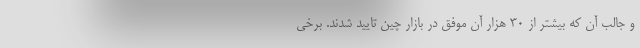
و جالب آن که بیشتر از 30 هزار آن موفق در بازار چین تایید شدند. برخی